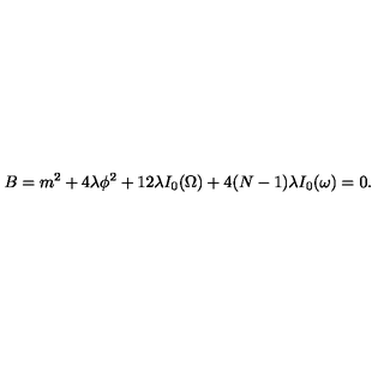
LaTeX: B = m ^ { 2 } + 4 \lambda \phi ^ { 2 } + 1 2 \lambda I _ { 0 } ( \Omega ) + 4 ( N - 1 ) \lambda I _ { 0 } ( \omega ) = 0 .